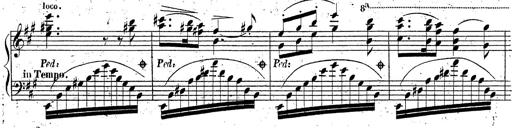
Title: Grande fantaisie sur la tyrolienne de l'opÃ©ra
Composer: Franz Liszt
Key: A major